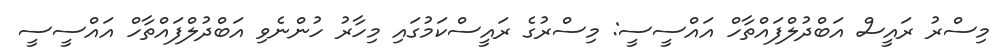
މިސްރު ރައީސް އަބްދުލްފައްތާހް އައްސީސީ: މިސްރުގެ ރައީސްކަމުގައި މިހާރު ހުންނެވި އަބްދުލްފައްތާހް އައްސީސީ